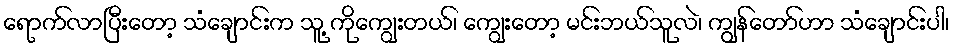
ရောက်လာပြီးတော့ သံချောင်းက သူ့ ကိုကျွေးတယ်၊ ကျွေးတော့ မင်းဘယ်သူလဲ၊ ကျွန်တော်ဟာ သံချောင်းပါ၊